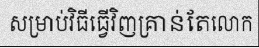
សម្រាប់វិធីធ្វើវិញគ្រាន់តែលោក